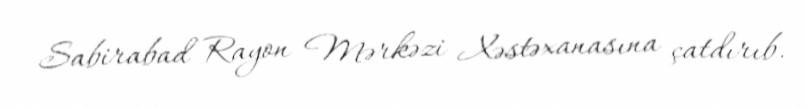
Sabirabad Rayon Mərkəzi Xəstəxanasına çatdırıb.